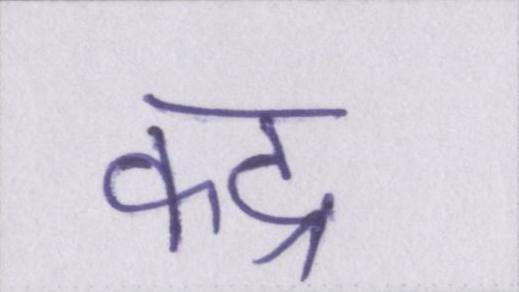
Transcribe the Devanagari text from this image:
कद्र